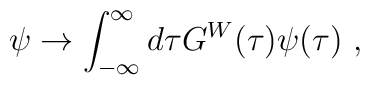
\psi \to \int_{-\infty}^{\infty} d\tau G^{W}(\tau)\psi(\tau)~,